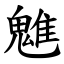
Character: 魋